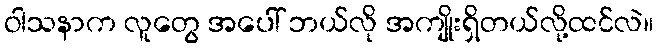
ဝါသနာက လူတွေ အပေါ် ဘယ်လို အကျိုးရှိတယ်လို့ထင်လဲ။